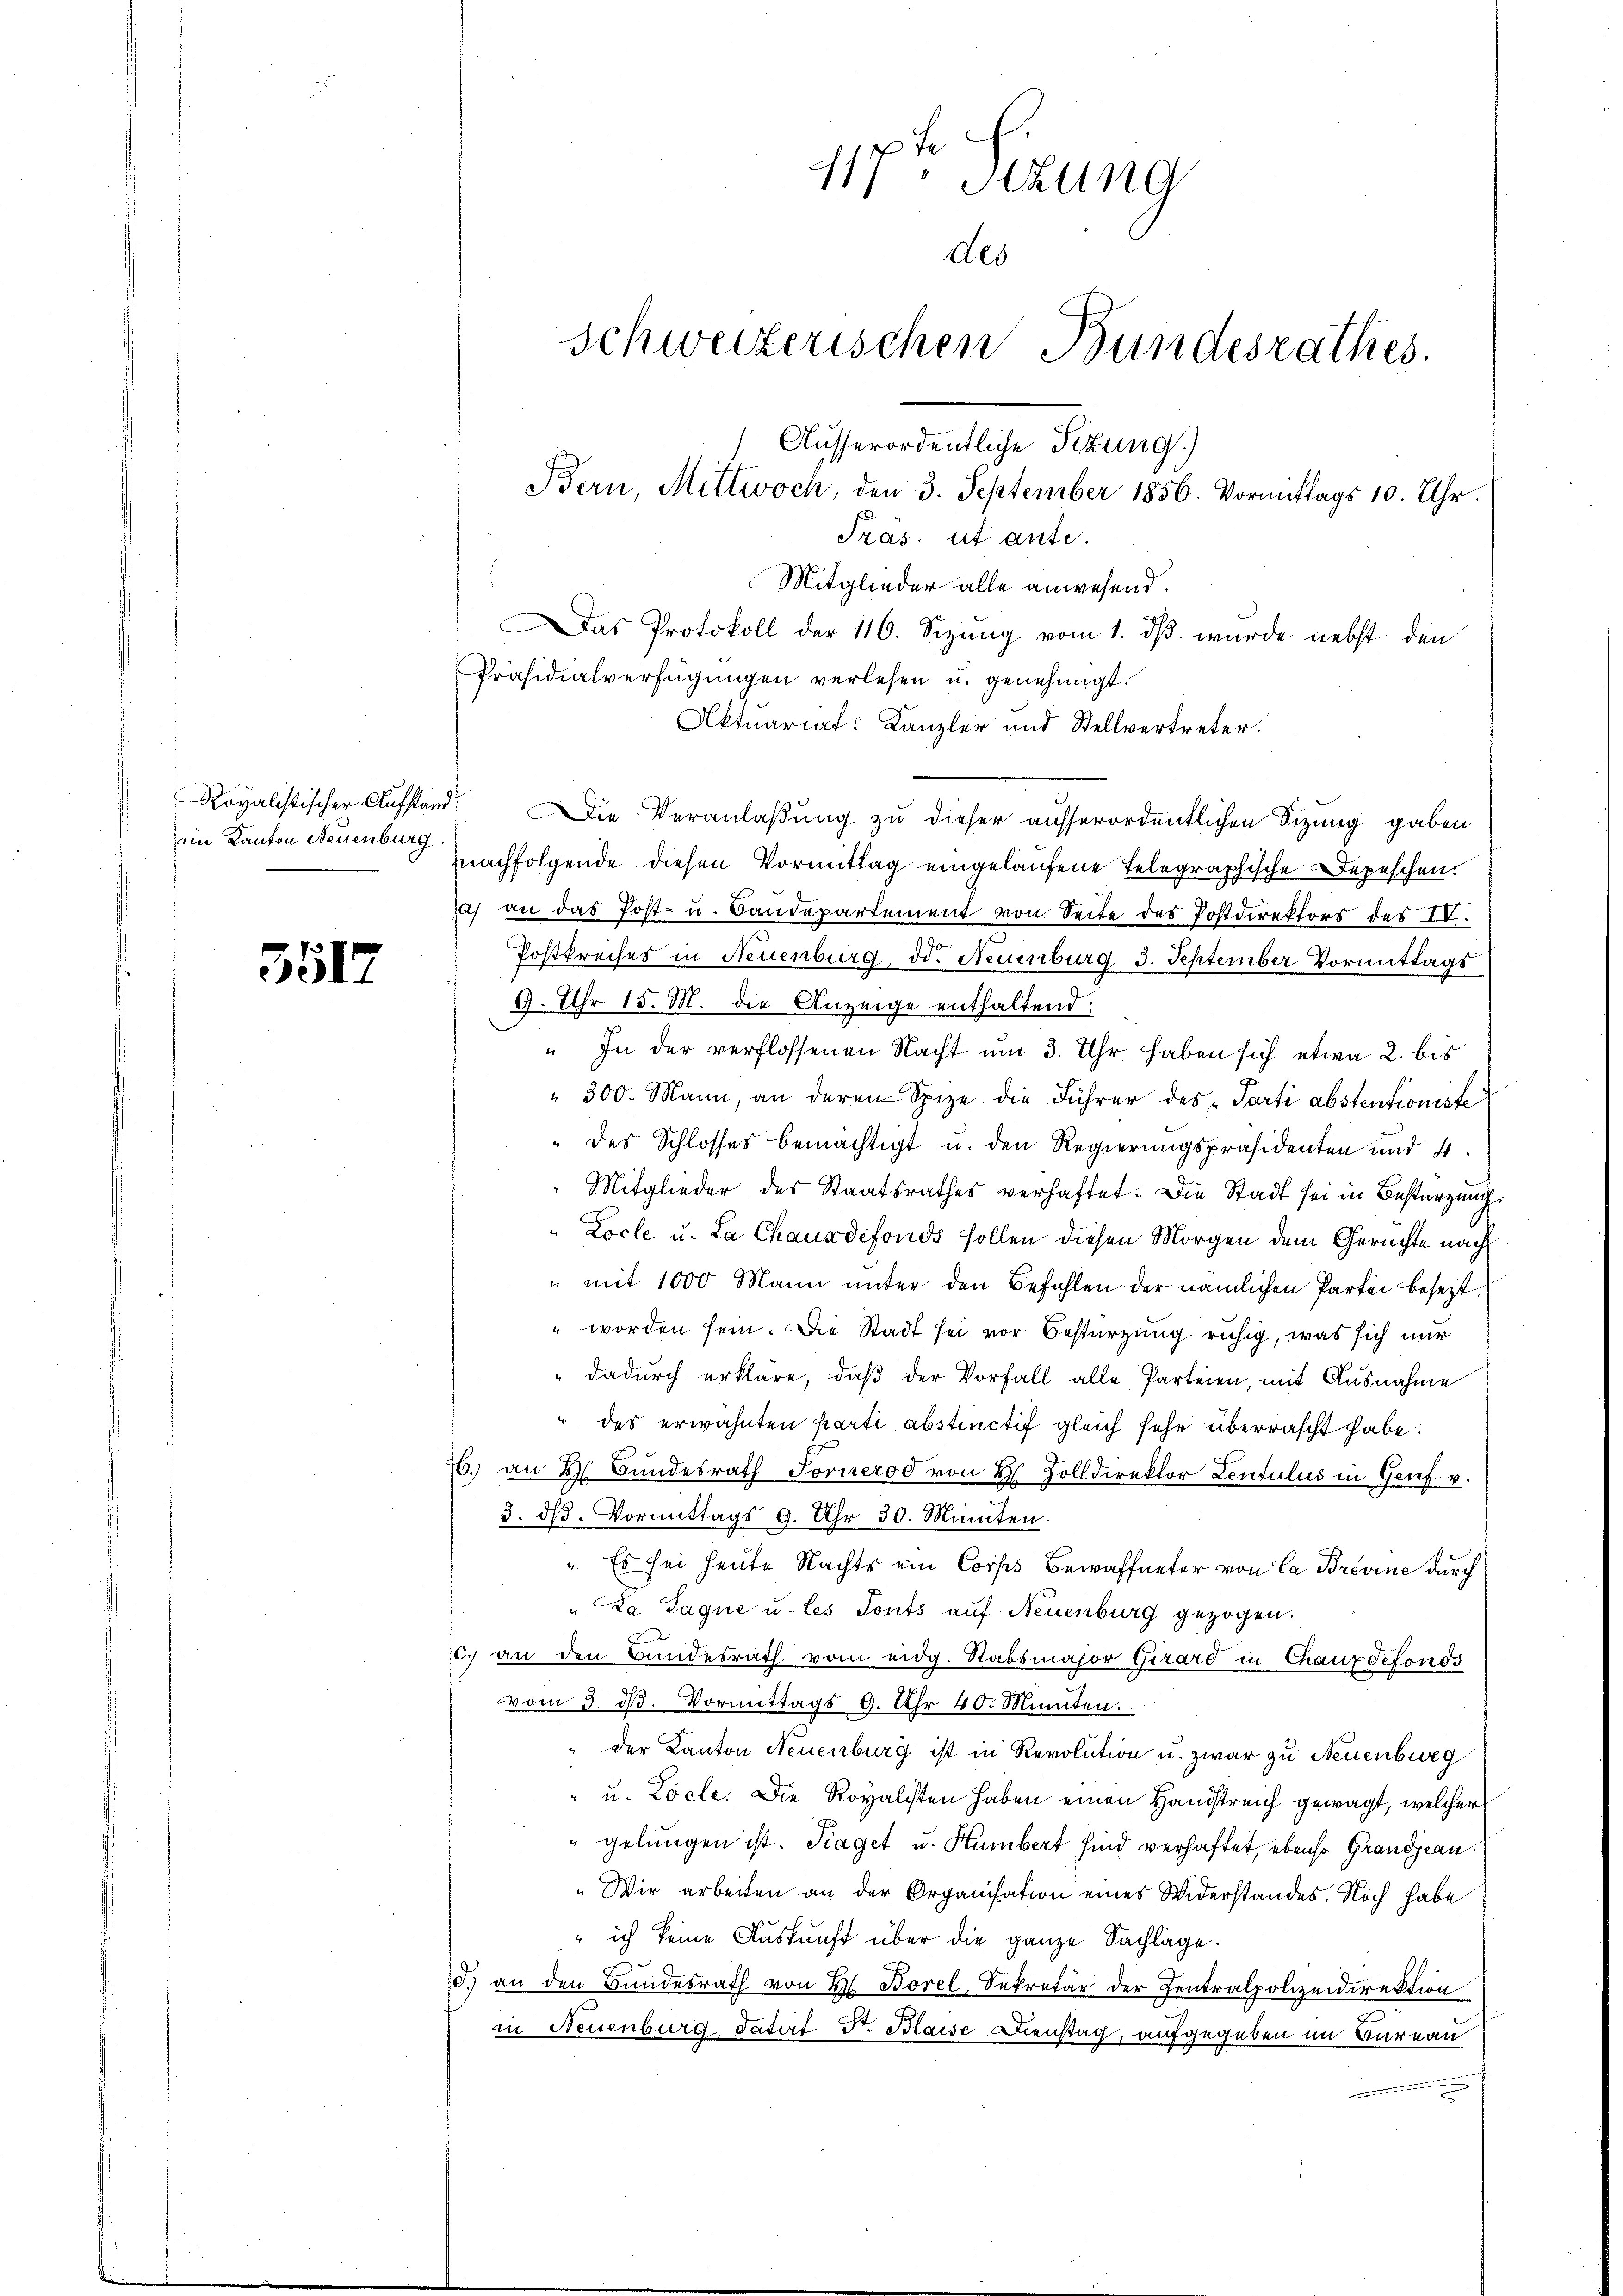
ein Kanton Neuenburg

3517

117ten Sitzung
des
Schweizerischen Bundesrathes.
Ausserordentliche Sitzung.)
Bern, Mittwoch, den 3. September 1856. Vormittags 10. Uhr.
Fras. ut ante.

as Protokoll der 116. Sizung vom 1. dβ. wurde nebst den
Aktuariat: Kanzler und Stellvertreter.
Royalistischer Aufstand Die Veranlaßung zu dieser ausserordentlichen Sizung gaben
nachfolgende diesen Vormittag eingelaufene Telegraphische Depeschen.
a) an das Post- u. Bandepartement von Seite des Postdirektors des IV.
Postkreises in Neuenburg, d. Neuenburg 3. September Vormittags
9. Uhr 15. M. die Anzeige enthaltend:
" In der verflossenen Nacht um 3. Uhr haben sich etwa 2. bis
" 300. Mann, an deren Spize die Führer des „Parti abstentioniste
" des Schlosses bemächtigt u. den Regierungspräsidenten und 4.
Mitglieder des Staatsrathes verhaftet. Die Stadt sei in Bestürzung
"Locle u. La Chauxdefonds sollen diesen Morgen dem Geruchte nach
" mit 1000 Mann unter den Befehlen der nämlichen Partei beseit
" worden sein. Die Stadt sei vor Bestürzung ruhig, was sich nur
dadurch erkläre, daß der Vorfall alle Parteien, mit Ausnahme
" des erwähnten parti abstinctif gleich sehr überrascht habe.
26. an 2 Bŭndesrath Forneros von 2 Zolldirektor Lentulus in Genf v.
3. dβ. Vormittags 9. Uhr 30. Manten.
" Es sei heute Nachts ein Corps Bewaffneter von Ca Brevine durch
"La Sagne u. les Tonts auf Neuenburg gezogen.
c. an den Bundesrath vom eidg. Stabsmajor Girard in Chauxdefonds
vom 3. d. Vormittags 9. Uhr 40. Minuten.
" der Kanton Neuenburg ist in Revolution u. zwar zu Neuenburg
" u. Loele. Die Royalisten haben einen Handstreich gewagt, welcher
"gelungen ist. Traget u. Humbert sind verhaftet, ebenso Grandjean.
„Wir arbeiten an der Organisation eines Widerstandes. Noch habe
" ich keine Auskunft über die ganze Sachlage.
3.) an den Bundesrath von H. Borel, Sekretär der Zentralpolizeidirektion
in Neuenburg-datirt Dr. Blaise Dienstag, aufgegeben im Bureau.

Mitglieder alle anwesend.
Präsidialverfügungen verlesen u. genehmigt.